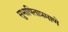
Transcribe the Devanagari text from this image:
सुभाषिताप्रमाणे